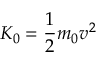
K _ { 0 } = { \frac { 1 } { 2 } } m _ { 0 } v ^ { 2 }